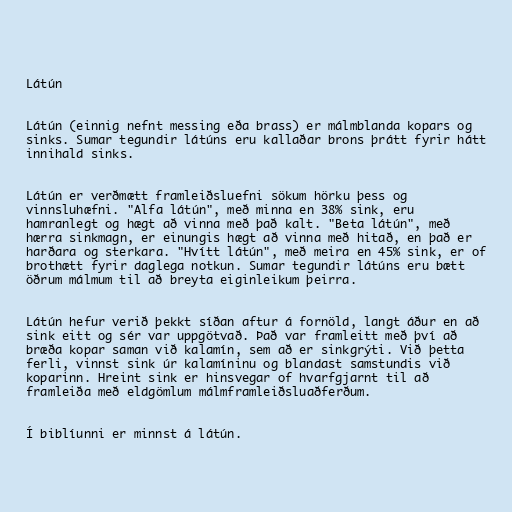
Látún

Látún (einnig nefnt messing eða brass) er málmblanda kopars og
sinks. Sumar tegundir látúns eru kallaðar brons þrátt fyrir hátt
innihald sinks.

Látún er verðmætt framleiðsluefni sökum hörku þess og
vinnsluhæfni. "Alfa látún", með minna en 38% sink, eru
hamranlegt og hægt að vinna með það kalt. "Beta látún", með
hærra sinkmagn, er einungis hægt að vinna með hitað, en það er
harðara og sterkara. "Hvítt látún", með meira en 45% sink, er of
brothætt fyrir daglega notkun. Sumar tegundir látúns eru bætt
öðrum málmum til að breyta eiginleikum þeirra.

Látún hefur verið þekkt síðan aftur á fornöld, langt áður en að
sink eitt og sér var uppgötvað. Það var framleitt með því að
bræða kopar saman við kalamín, sem að er sinkgrýti. Við þetta
ferli, vinnst sink úr kalamíninu og blandast samstundis við
koparinn. Hreint sink er hinsvegar of hvarfgjarnt til að
framleiða með eldgömlum málmframleiðsluaðferðum.

Í biblíunni er minnst á látún.